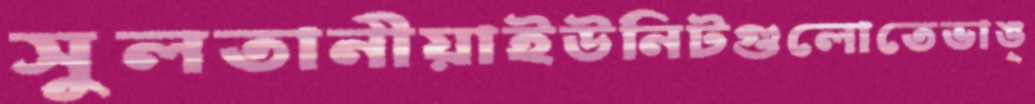
সুলতানীয়াইউনিটগুলোতেভাঙ্